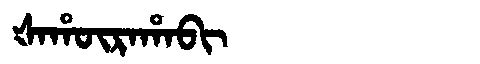
Manchu: ᡧᠠᡥᡡᡵᠠᡥᠠᠪᡳ
Romanization: ŠAHŪRAHABI